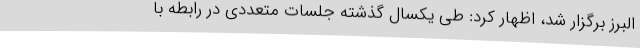
البرز برگزار شد، اظهار کرد: طی یکسال گذشته جلسات متعددی در رابطه با